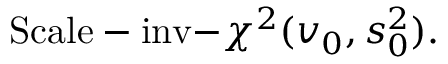
{ \mathrm { S c a l e - i n v - } } \chi ^ { 2 } ( v _ { 0 } , s _ { 0 } ^ { 2 } ) .